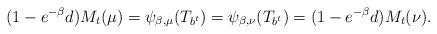
LaTeX: \begin{align*}(1-e^{-\beta}d)M_t(\mu)=\psi_{\beta,\mu}(T_{b^t})=\psi_{\beta,\nu}(T_{b^t})=(1-e^{-\beta}d)M_t(\nu).\end{align*}